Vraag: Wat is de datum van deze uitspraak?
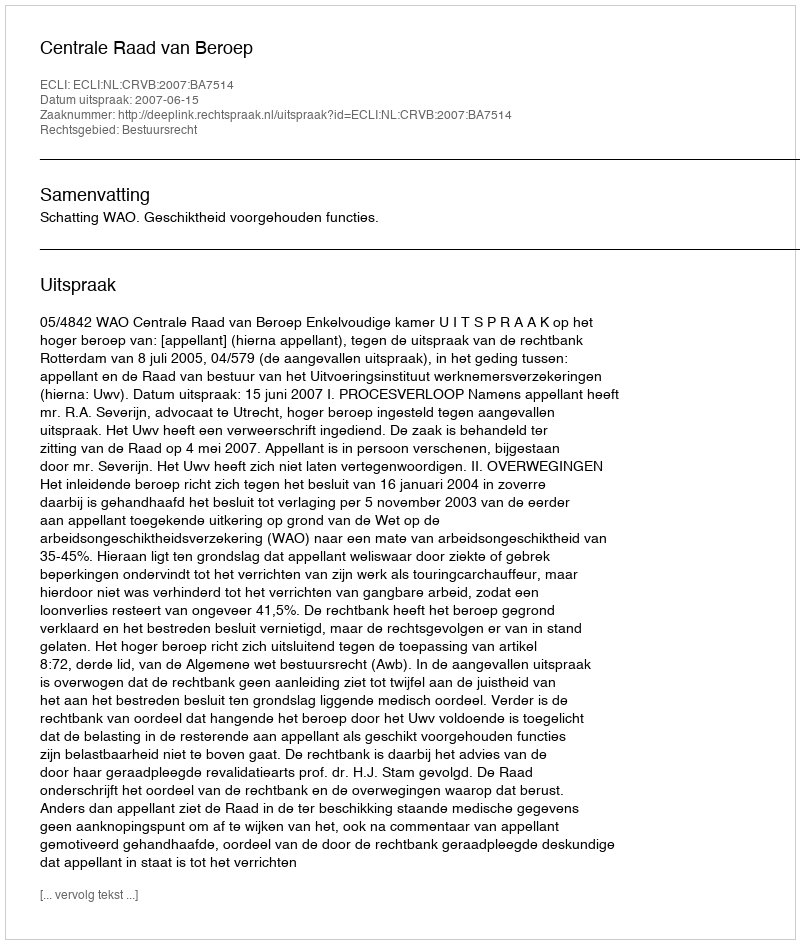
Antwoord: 2007-06-15